Civil Veterinary Department. Madras. Admin. report 1910-25 - 1910-1925
Year: 1910
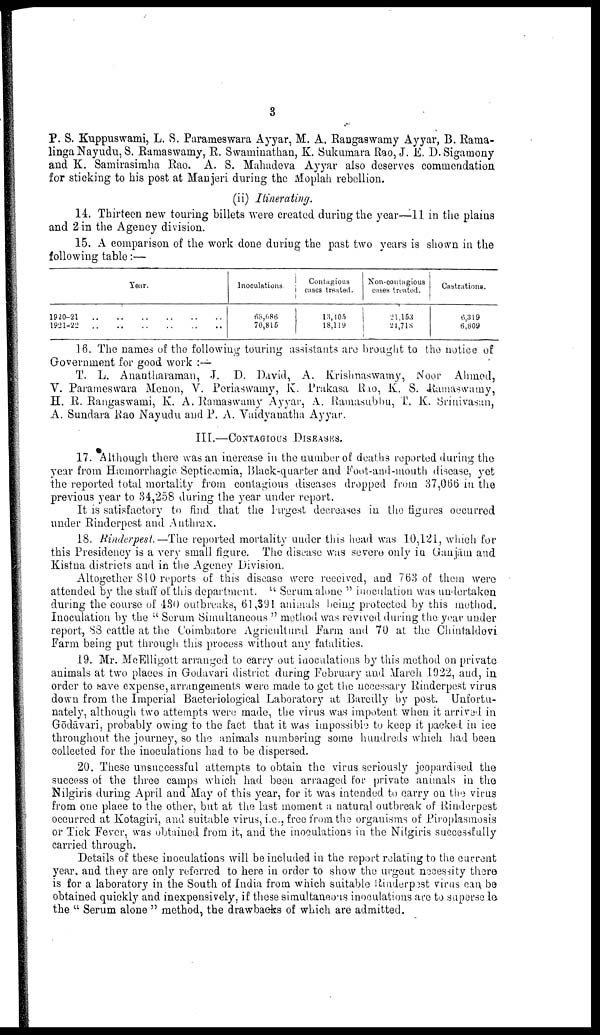
3
P. S. Kuppuswami, L. S. Parameswara Ayyar, M. A. Rangaswamy Ayyar, B. Rama-
linga Nayudu, S. Ramaswamy, R. Swaminathan, K. Sukumara Rao, J. E. D. Sigamony
and K. Samirasimha Rao. A. S. Mahadeva Ayyar also deserves commendation
for sticking to his post at Manjeri during the Moplah rebcllion.
(ii) Itinerating.
14. Thirteen new touring billets were created during the year—11 in the plains
and 2 in the Agency division.
15. A comparison of the work done during the past two years is shown in the
following table:—
Year.
1920-21
1921-22
..
..
..
..
..
..
..
..
..
..
..
Inoculations.
68,686
70,815
Contagious
cases treated.
13,405
18,119
Non-contagious
cases treated.
21,153
24,718
Castrations.
6,319
6,809
16. The names of the following touring assistants are brought to the notice of
Government for good work :—
T. L. Anantharaman, J. D. David, A. Krishnaswamy, Noor Ahmed,
V. Parameswara Menon, V. Periaswamy, K. Prakasa Rao, K. S. Ramaswamy,
H. R. Rangaswami, K. A. Ramaswamy Ayyar, A. Ramasubbu, T. K. Srinivasan,
A. Sundara Rao Nayudu and P. A. Vaidyanatha Ayyar.
III.—CONTAGIOUS DISEASES.
17. Although there was an increase in the number of deaths reported during the
year from Hæmorrhagic Septicæmia, Black-quarter and Foot-and-mouth disease, yet
the reported total mortality from contagious diseases dropped from 37,066 in the
previous year to 34,258 during the year under report.
It is satisfactory to find that the largest decreases in the figures occurred
under Rinderpest and Anthrax.
18. Rinderpest.—The reported mortality under this head was 10,121, which for
this Presidency is a very small figure. The disease was severe only in Ganjām and
Kistna districts and in the Agency Division.
Altogether 810 reports of this disease were received, and 763 of them were
attended by the staff of this department. "Serum alone" inoculation was undertaken
during the course of 130 outbreaks, 61,391 animals being protected by this method.
Inoculation by the "Serum Simultaneous" method was revived during the year under
report, 83 cattle at the Coimbatore Agricultural Farm and 70 at the Chintaldevi
Farm being put through this process without any fatalities.
19. Mr. McElligott arranged to carry out inoculations by this method on private
animals at two places in Godavari district during February and March 1922, and, in
order to save expense, arrangements were made to get the necessary Rinderpest virus
down from the Imperial Bacteriological Laboratory at Bareilly by post. Unfortu
nately, although two attempts were made, the virus was impotent when it arrival in
Godavari, probably owing to the fact that it was impossible to keep it packed in ice
throughout the journey, so the animals numbering some hundreds which had been
collected for the inoculations had to be dispersed.
20. These unsuccessful attempts to obtain the virus seriously jeopardised the
success of the three camps which had been arranged for private animals in the
Nilgiris during April and May of this year, for it was intended to carry on the virus
from one place to the other, but at the last moment a natural outbreak of Rinderpest
occurred at Kotagiri, and suitable virus, i.e., free from the organisms of Piroplasmosis
or Tick Fever, was obtained from it, and the inoculations in the Nilgiris successfully
carried through.
Details of these inoculations will be included in the report relating to the current
year, and they are only referred to here in order to show the urgent necessity there
is for a laboratory in the South of India from which suitable Rinderpest virus can be
obtained quickly and inexpensively, if these simultaneous inoculations are to supersede
the "Serum alone" method, the drawbacks of which are admitted.